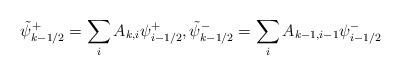
LaTeX: \begin{align*} \tilde \psi^+_{k-1/2}=\sum_{i}A_{k,i}\psi^+_{i-1/2}, \tilde \psi^-_{k-1/2}=\sum_{i}A_{k-1,i-1}\psi^-_{i-1/2} \end{align*}